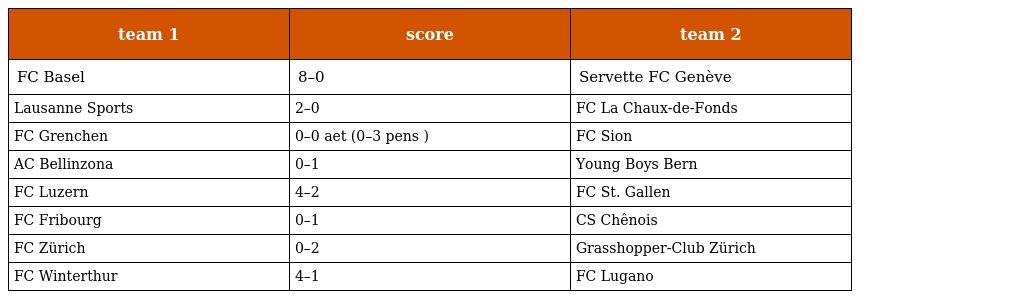
| team 1 | score | team 2 |
 | --- | --- | --- |
 | FC Basel | 8–0 | Servette FC Genève |
 | Lausanne Sports | 2–0 | FC La Chaux-de-Fonds |
 | FC Grenchen | 0–0 aet (0–3 pens ) | FC Sion |
 | AC Bellinzona | 0–1 | Young Boys Bern |
 | FC Luzern | 4–2 | FC St. Gallen |
 | FC Fribourg | 0–1 | CS Chênois |
 | FC Zürich | 0–2 | Grasshopper-Club Zürich |
 | FC Winterthur | 4–1 | FC Lugano |